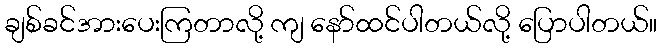
ချစ်ခင်အားပေးကြတာလို့ ကျ နော်ထင်ပါတယ်လို့ ပြောပါတယ်။